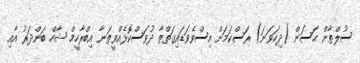
ސުލްޠާން ޙަސަން (ދިހަވަނަ) ރަސްކަމަށް އިސްވެވަޑައިގަތްތާ ދުވަސްކޮޅެއްވީތަނާ އިބްރާހީމް ޝާހް ބަންދަރު އާއި